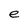
Character: e